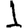
Digit: 1